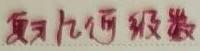
复习几何级数